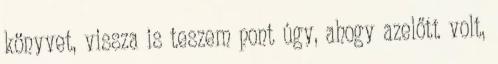
könyvet, vissza is teszem pont úgy, ahogy azelőtt volt,